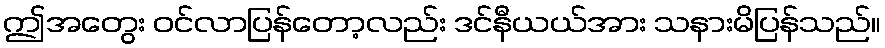
ဤအတွေး ဝင်လာပြန်တော့လည်း ဒင်နီယယ်အား သနားမိပြန်သည်။